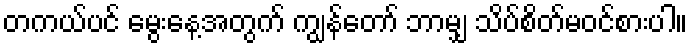
တကယ်ပင် မွေးနေ့အတွက် ကျွန်တော် ဘာမျှ သိပ်စိတ်မဝင်စားပါ။